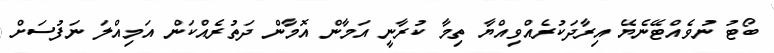
ބޯޓު ނުވެއްޓޭނެޔޭ އިރާދަކުރެއްވިއްޔާ ތިމާ ކުރާނީ އަމާން އޮމާން ދަތުރެއްކަން އަމިއްލަ ނަފުސަށް